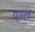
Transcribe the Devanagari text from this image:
पन्‍त